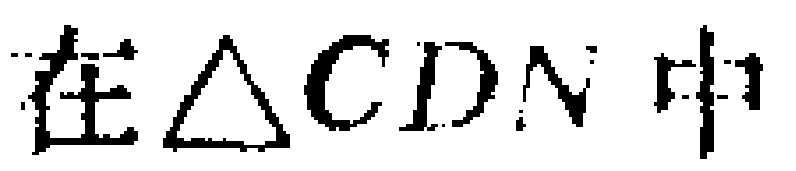
在$\triangle CDN$中